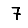
Digit: 7